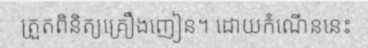
ត្រួតពិនិត្យគ្រឿងញៀន។ ដោយកំណើននេះ